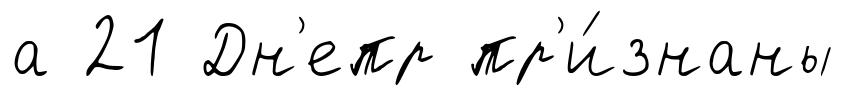
а 21 Дн'епр пр'и́знаны